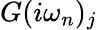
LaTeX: G(i\omega_{n})_{j}